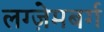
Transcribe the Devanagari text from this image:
लग्ज़ेमबर्ग